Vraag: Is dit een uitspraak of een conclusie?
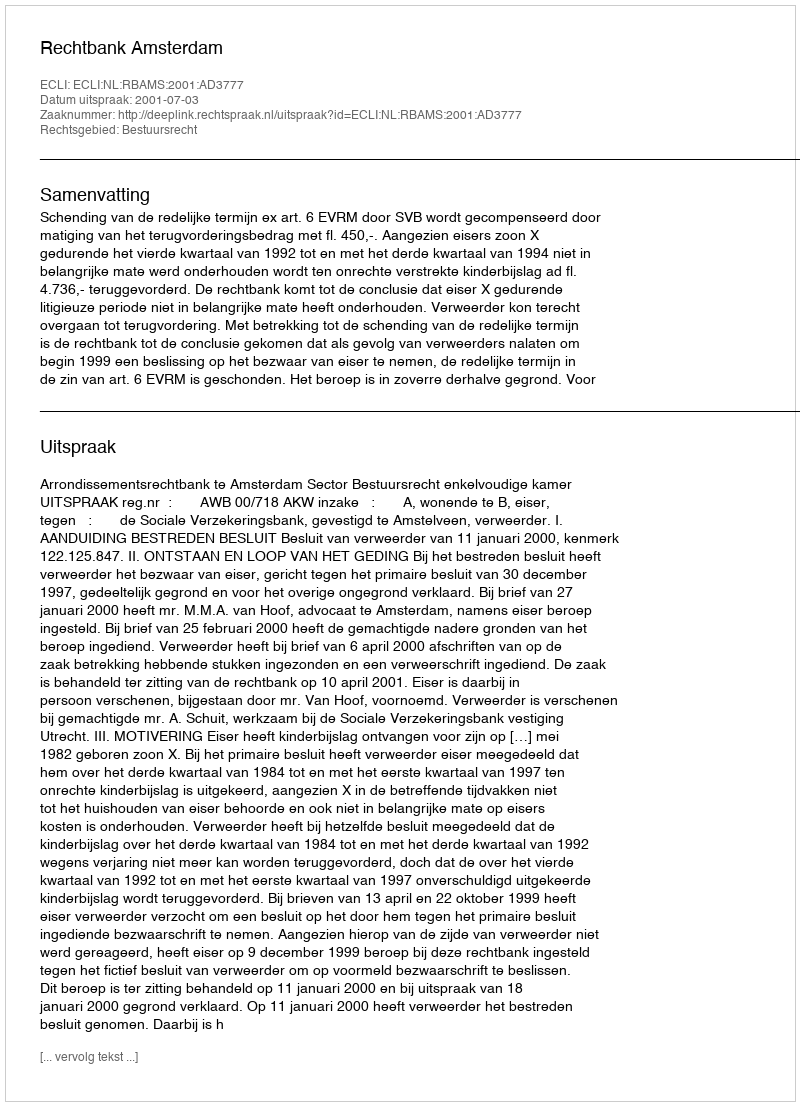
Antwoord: Uitspraak